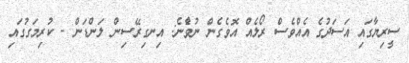
ސީރިޔާގައި އަސަދުގެ އެއްވެސް ރޯލެއް އޮވެގެން ނުވާެނެ: އިނގިރޭސިން ލަންޑަން - ކުރިމަގުގައި